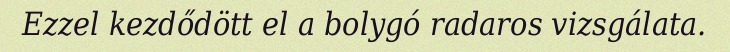
Ezzel kezdődött el a bolygó radaros vizsgálata.